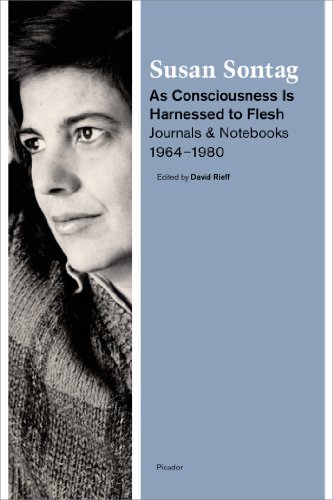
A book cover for As Consciousness Is Harnessed to Flesh: Journals and Notebooks, 1964-1980; Susan Sontag; Literature & Fiction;